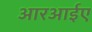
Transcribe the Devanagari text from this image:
आरआईए